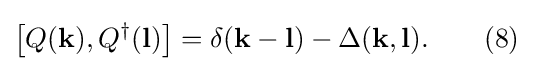
\left[Q(\mathbf {k} ),Q^{\dagger }(\mathbf {l} )\right]=\delta (\mathbf {k} -\mathbf {l} )-\Delta (\mathbf {k} ,\mathbf {l} ).\quad \quad (8)